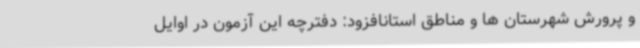
و پرورش شهرستان ها و مناطق استانافزود: دفترچه این آزمون در اوایل